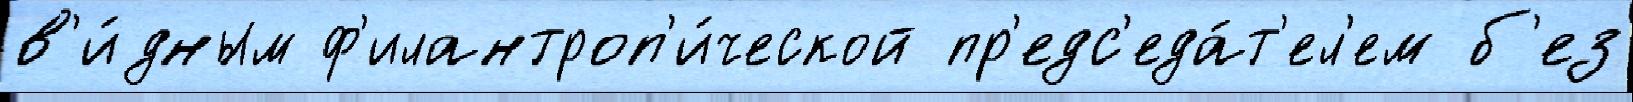
в'и́дным ф'илантроп'и́ческой пр'едс'еда́т'ел'ем б'ез